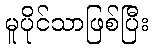
မူပိုင်သာဖြစ်ပြီး